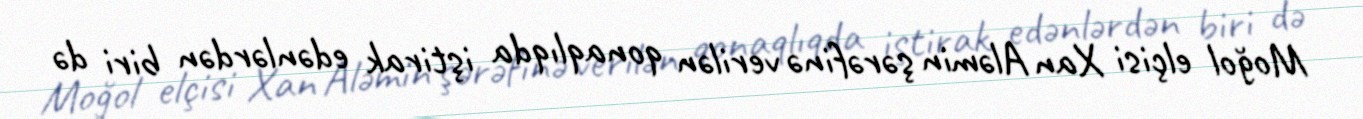
Moğol elçisi Xan Aləmin şərəfinə verilən qonaqlıqda iştirak edənlərdən biri də